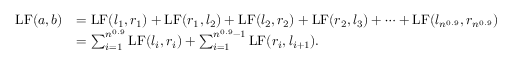
\begin{array} { r l } { \mathrm { L F } ( a , b ) } & { = \mathrm { L F } ( l _ { 1 } , r _ { 1 } ) + \mathrm { L F } ( r _ { 1 } , l _ { 2 } ) + \mathrm { L F } ( l _ { 2 } , r _ { 2 } ) + \mathrm { L F } ( r _ { 2 } , l _ { 3 } ) + \cdots + \mathrm { L F } ( l _ { n ^ { 0 . 9 } } , r _ { n ^ { 0 . 9 } } ) } \\ & { = \sum _ { i = 1 } ^ { n ^ { 0 . 9 } } \mathrm { L F } ( l _ { i } , r _ { i } ) + \sum _ { i = 1 } ^ { n ^ { 0 . 9 } - 1 } \mathrm { L F } ( r _ { i } , l _ { i + 1 } ) . } \end{array}